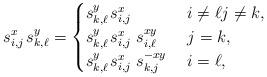
LaTeX: \begin{align*}s_{i,j}^x \;\! s_{k,\ell}^y = \begin{cases}s_{k,\ell}^y \;\! s_{i,j}^x & \; i\neq \ell j \neq k,\\s_{k,\ell}^y \;\! s_{i,j}^x \;s_{i,\ell}^{xy} & \; j = k, \\s_{k,\ell}^y \;\! s_{i,j}^x \;s_{k,j}^{-xy} & \; i = \ell,\end{cases}\end{align*}